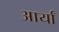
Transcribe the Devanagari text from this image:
आर्यां